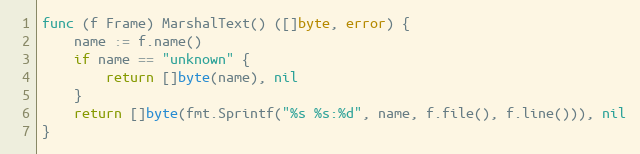
Language: Go
func (f Frame) MarshalText() ([]byte, error) {
	name := f.name()
	if name == "unknown" {
		return []byte(name), nil
	}
	return []byte(fmt.Sprintf("%s %s:%d", name, f.file(), f.line())), nil
}